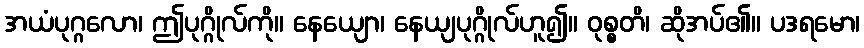
အယံပုဂ္ဂလော၊ ဤပုဂ္ဂိုလ်ကို။ နေယျော၊ နေယျပုဂ္ဂိုလ်ဟူ၍။ ဝုစ္စတိ၊ ဆိုအပ်၏။ ပဒရမော၊